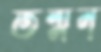
তন্মন